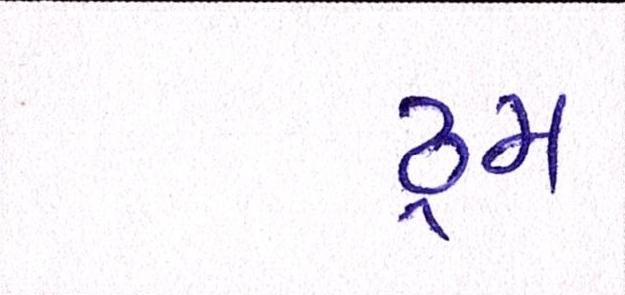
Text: ડ્રમ